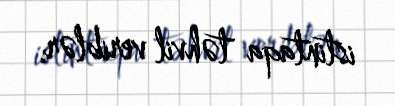
istintaqa təhvil veriblər.